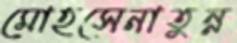
মোহসেনাতুন্ন